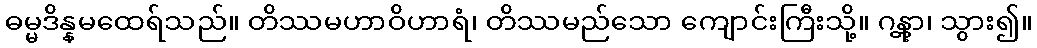
ဓမ္မဒိန္နမထေရ်သည်။ တိဿမဟာဝိဟာရံ၊ တိဿမည်သော ကျောင်းကြီးသို့။ ဂန္တွာ၊ သွား၍။